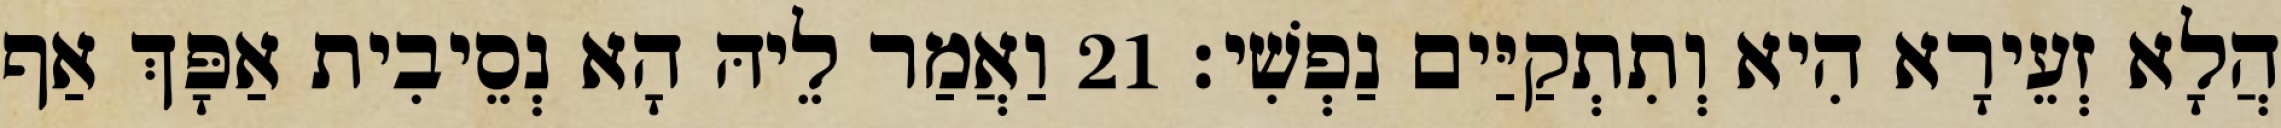
הֲלָא זְעֵירָא הִיא וְתִתְקַיַּים נַפְשִׁי׃ 21 וַאֲמַר לֵיהּ הָא נְסֵיבִית אַפָּךְ אַף